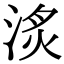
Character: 𣶋